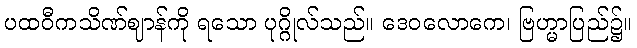
ပထဝီကသိဏ်ဈာန်ကို ရသော ပုဂ္ဂိုလ်သည်။ ဒေဝလောကေ၊ ဗြဟ္မာပြည်၌။